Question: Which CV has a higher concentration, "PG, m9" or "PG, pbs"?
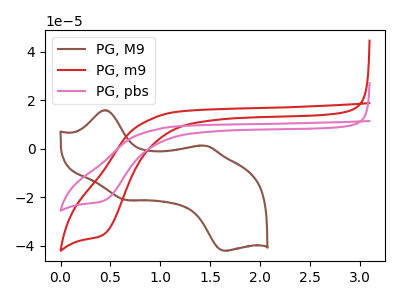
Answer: <think>The brown curve "PG, M9" has anodic peaks at (0.45V, 15.95uA) (1.45V, 1.25uA) and cathodic peaks at (0.65V, -21.15uA) (1.65V, -42.10uA). The red curve "PG, m9" has a cathodic peak at: (0.45V, -35.35uA). The pink curve "PG, pbs" has a cathodic peak at: (0.45V, -21.45uA).
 All the peaks in "PG, m9" have a peak in "PG, pbs" at the same potential. Every peak in "PG, m9" is higher than every peak in "PG, pbs".</think>
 <answer>"PG, m9" has more signal than "PG, pbs" and so likely has a higher concentration.</answer>
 <eval>more_concentration</eval>